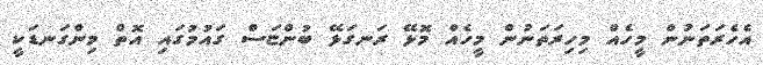
އެހެރަތަނުން މީހެއް މިހިރަތަނުން މީހެއް މޮޅޭ ރަނގަޅޭ ބުންޏަސް ގައުމުގައި އޮތް މިންގަނޑަކީ